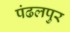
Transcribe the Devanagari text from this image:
पंढलपुर